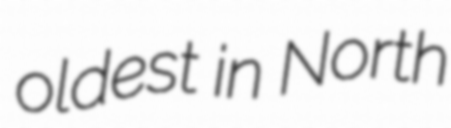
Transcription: oldest in North